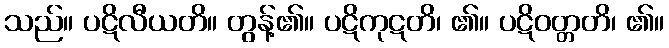
သည်။ ပဋိလီယတိ။ တွန့်၏။ ပဋိကုဋတိ၊ ၏။ ပဋိဝတ္တတိ၊ ၏။